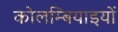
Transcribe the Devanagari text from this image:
कोलम्बियाइयों